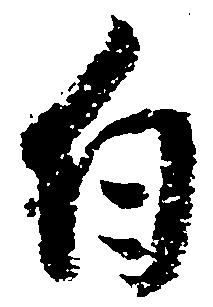
白